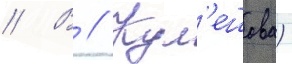
// В // Кул'ешова)